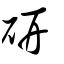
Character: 硏